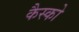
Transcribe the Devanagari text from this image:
कैस्को